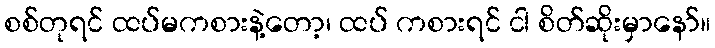
စစ်တုရင် ထပ်မကစားနဲ့တော့၊ ထပ် ကစားရင် ငါ စိတ်ဆိုးမှာနော်။